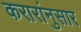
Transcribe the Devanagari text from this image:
करारांनुसार